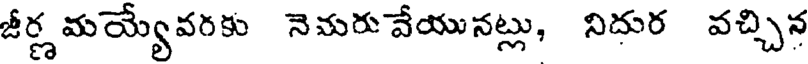
జీర్ణ మయ్యేవరకు నెమరు వేయునట్లు, నిదుర వచ్చిన